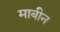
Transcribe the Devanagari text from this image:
माबीन